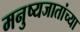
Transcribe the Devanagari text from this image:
मनुष्यजातांच्या